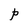
Character: P